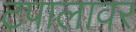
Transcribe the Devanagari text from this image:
टपालावर